Sanitation, dispensaries and jails vaccination Rajputana 1922-1927 - 1922-1927
Year: 1922
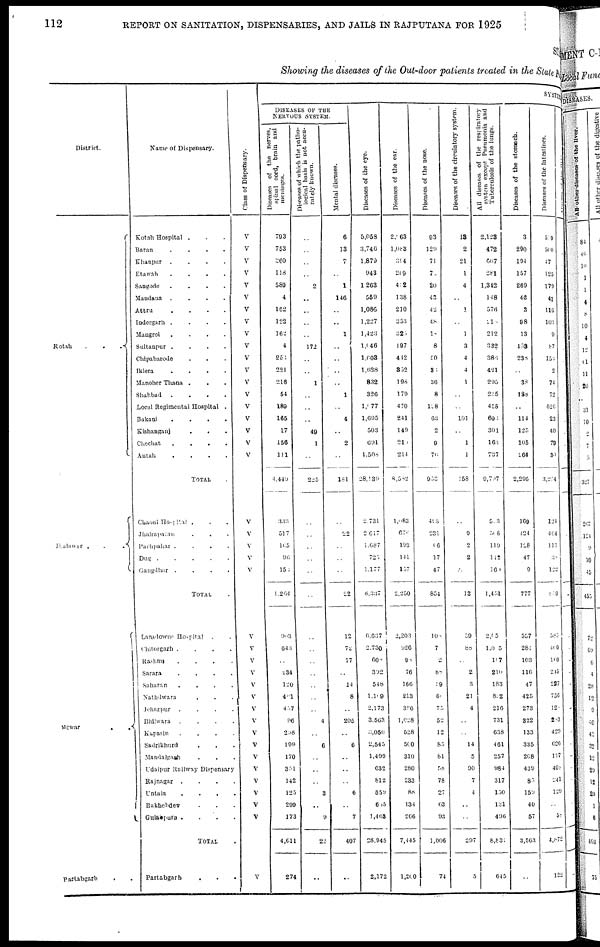
112
REPORT ON SANITATION, DISPENSARIES, AND JAILS IN RAJPUTANA FOR 1925
STAT
Showing the diseases of the Out-door patients treated in the State Public
District.
Kotah
...
Jhalawar
...
Mewar
..
Partabgarh ..
Name of Dispensary.
Kotah Hospital ...
Barau
....
Khanpur
....
Etawah
....
Sangode
....
Mandana
....
Attru
....
Indergarh
....
Mangrol
....
Sultanpur
....
Chipabarode ...
Iklera
....
Manoher Thana ...
Shahbad
....
Local Regimental Hospital .
Bakani
....
Kishanganj
...
Chechat
....
Antah
....
TOTAL .
Chaoni Hospital ...
Jhalrapatan ...
pachpahar
....
Dog
Gangdhar
....
TOTAL .
Lansdowne Hospital ..
Chitorgarh
....
Rashmi
....
Sarara
....
Saharan
....
Nathdwara ...
Jehazpur
....
Bhilwara
....
Kapasin
....
Sadrikhurd ...
Mandalgarh ...
Udaipur Railway Dispensary
Rajnagar
....
Untala
....
Rakhebdev ...
Gulabpura
....
TOTAL .
Partabgarh
...
Class of Dispensary.
V
V
V
V
V
V
V
V
V
V
V
V
V
V
V
V
V
V
V
V
V
V
V
V
V
V
V
V
V
V
V
V
V
V
V
V
V
V
V
V
V
SYSTEMIC
DISEASES OF THE
NERVOUS SYSTEM.
Diseases of the nerves,
spinal cord, brain and
meninges.
793
753
360
118
589
4
162
122
162
4
250
221
216
54
189
165
17
156
111
4,449
333
517
165
96
150
1,264
903
643
..
234
120
401
457
96
298
199
170
351
142
125
299
173
4,611
274
Diseases of which the patho-
logical basis is not accu-
rately known.
..
..
..
..
2
..
..
..
..
172
..
..
1
..
..
..
49
1
..
225
..
..
..
..
..
..
..
..
..
..
..
..
..
4
..
6
..
..
..
3
..
9
22
..
Mental diseases.
6
13
7
..
1
146
..
..
1
..
..
..
..
1
..
4
..
2
..
181
..
22
..
..
..
22
12
72
77
..
14
8
..
205
..
6
..
..
..
6
..
7
407
..
Diseases of the eye.
5,058
3,746
1,879
943
1,263
559
1,086
1,227
1,423
1,046
1,603
1,628
832
326
1,077
1,695
503
691
1,508
28,139
2,731
2,617
1,687
..
1,177
8,337
6,637
2,730
608
392
548
1,109
2,173
3,503
3,050
2,545
1,499
632
812
559
605
1,463
28,945
2,172
Diseases of the ear.
2,063
1,083
394
209
402
138
210
353
320
197
412
352
198
179
470
241
149
210
214
8,582
1,083
670
193
141
157
2,250
2,203
926
90
76
166
213
396
1,028
528
500
310
280
233
85
134
266
7,445
1,200
Diseases of the nose.
93
129
71
7
20
43
42
48
1
8
50
30
36
8
108
63
2
9
70
953
493
231
06
17
47
854
100
7
2
88
39
61
75
52
12
85
81
58
78
27
63
93
l,006
74
Diseases of the circulatory system.
18
2
21
1
4
..
1
..
1
3
4
4
1
..
..
101
..
1
1
158
..
9
2
2
..
13
59
88
..
2
3
21
4
..
..
14
5
90
7
4
..
..
297
5
All diseases of the respiratory
system except Pneumonia and
Tuberculosis of the lungs.
2,123
472
607
28l
1,342
148
576
210
212
332
386
421
295
235
455
696
301
163
737
9,707
503
508
119
142
160
1,451
2,05
1,005
107
2l0
183
802
216
731
638
461
257
984
317
150
131
496
8,831
645
Diseases of the stomach.
3
290
194
157
269
46
3
98
13
153
238
..
38
188
..
114
125
105
264
2,295
169
424
128
47
9
777
537
284
103
116
47
425
273
322
133
335
208
439
85
159
40
57
3,563
..
Diseases of the Intestines.
509
500
47
125
179
41
116
103
9
87
156
2
74
72
626
23
40
79
30
3,274
124
464
111
38
122
809
..
410
100
215
227
756
12
203
420
626
197
40
241
129
..
58
4,872
122
Abscess
of
the
liver.
..
..
..
..
..
..
..
..
..
..
..
..
..
..
..
..
..
..
..
..
..
..
..
..
..
..
..
..
..
..
..
..
..
..
..
..
..
..
..
..
..
..
..
..